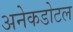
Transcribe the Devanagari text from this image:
अनेकडोटल